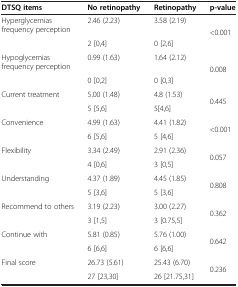
| DTSQ items | No retinopathy | Retinopathy | p-value |
 | --- | --- | --- | --- |
 | Hyperglycemias frequency perception | 2.46 (2.23) | 3.58 (2.19) | <ROWSPAN=2> <0.001 |
 |  | 2 [0,4] | 0 [2,6] |
 | Hypoglycemias frequency perception | 0.99 (1.63) | 1.64 (2.12) | <ROWSPAN=2> 0.008 |
 |  | 0 [0,2] | 0 [0,3] |
 | Current treatment | 5.00 (1.48) | 4.8 (1.53) | <ROWSPAN=2> 0.445 |
 |  | 5 [5,6] | 5[4,6] |
 | Convenience | 4.99 (1.63) | 4.41 (1.82) | <ROWSPAN=2> <0.001 |
 |  | 6 [5,6] | 5 [4,6] |
 | Flexibility | 3.34 (2.49) | 2.91 (2.36) | <ROWSPAN=2> 0.057 |
 |  | 4 [0,6] | 3 [0,5] |
 | Understanding | 4.37 (1.89) | 4.45 (1.85) | <ROWSPAN=2> 0.808 |
 |  | 5 [3,6] | 5 [3,6] |
 | Recommend to others | 3.19 (2.23) | 3.00 (2.27) | <ROWSPAN=2> 0.362 |
 |  | 3 [1,5] | 3 [0.75,5] |
 | Continue with | 5.81 (0.85) | 5.76 (1.00) | <ROWSPAN=2> 0.642 |
 |  | 6 [6,6] | 6 [6,6] |
 | Final score | 26.73 (5.61) | 25.43 (6.70) | <ROWSPAN=2> 0.236 |
 |  | 27 [23,30] | 26 [21.75,31] |